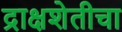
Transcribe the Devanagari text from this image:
द्राक्षशेतीचा